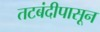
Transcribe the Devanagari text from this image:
तटबंदीपासून